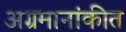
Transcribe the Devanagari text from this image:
अग्रमानांकीत